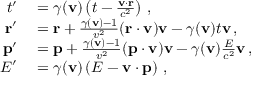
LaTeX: \begin{array} { r l } { t ^ { \prime } } & { { } = \gamma ( \mathbf { v } ) \left( t - { \frac { \mathbf { v } \cdot \mathbf { r } } { c ^ { 2 } } } \right) \, , } \\ { \mathbf { r } ^ { \prime } } & { { } = \mathbf { r } + { \frac { \gamma ( \mathbf { v } ) - 1 } { v ^ { 2 } } } ( \mathbf { r } \cdot \mathbf { v } ) \mathbf { v } - \gamma ( \mathbf { v } ) t \mathbf { v } \, , } \\ { \mathbf { p } ^ { \prime } } & { { } = \mathbf { p } + { \frac { \gamma ( \mathbf { v } ) - 1 } { v ^ { 2 } } } ( \mathbf { p } \cdot \mathbf { v } ) \mathbf { v } - \gamma ( \mathbf { v } ) { \frac { E } { c ^ { 2 } } } \mathbf { v } \, , } \\ { E ^ { \prime } } & { { } = \gamma ( \mathbf { v } ) \left( E - \mathbf { v } \cdot \mathbf { p } \right) \, , } \end{array}